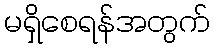
မရှိစေရန်အတွက်